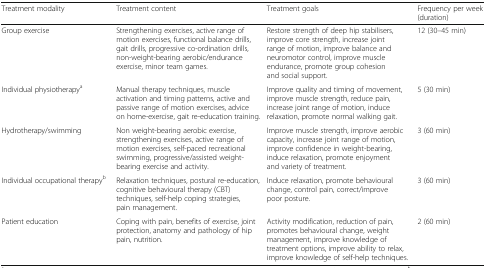
<table><thead><tr><td><b>Treatment modality</b></td><td><b>Treatment content</b></td><td><b>Treatment goals</b></td><td><b>Frequency per week (duration)</b></td></tr></thead><tbody><tr><td>Group exercise</td><td>Strengthening exercises, active range of motion exercises, functional balance drills, gait drills, progressive co-ordination drills, non-weight-bearing aerobic/endurance exercise, minor team games.</td><td>Restore strength of deep hip stabilisers, improve core strength, increase joint range of motion, improve balance and neuromotor control, improve muscle endurance, promote group cohesion and social support.</td><td>12 (30–45 min)</td></tr><tr><td>Individual physiotherapy<sup>a</sup></td><td>Manual therapy techniques, muscle activation and timing patterns, active and passive range of motion exercises, advice on home-exercise, gait re-education training.</td><td>Improve quality and timing of movement, improve muscle strength, reduce pain, increase joint range of motion, induce relaxation, promote normal walking gait.</td><td>5 (30 min)</td></tr><tr><td>Hydrotherapy/swimming</td><td>Non weight-bearing aerobic exercise, strengthening exercises, active range of motion exercises, self-paced recreational swimming, progressive/assisted weight-bearing exercise and activity.</td><td>Improve muscle strength, improve aerobic capacity, increase joint range of motion, improve confidence in weight-bearing, induce relaxation, promote enjoyment and variety of treatment.</td><td>3 (60 min)</td></tr><tr><td>Individual occupational therapy<sup>b</sup></td><td>Relaxation techniques, postural re-education, cognitive behavioural therapy (CBT) techniques, self-help coping strategies, pain management.</td><td>Induce relaxation, promote behavioural change, control pain, correct/improve poor posture.</td><td>3 (60 min)</td></tr><tr><td>Patient education</td><td>Coping with pain, benefits of exercise, joint protection, anatomy and pathology of hip pain, nutrition.</td><td>Activity modification, reduction of pain, promotes behavioural change, weight management, improve knowledge of treatment options, improve ability to relax, improve knowledge of self-help techniques.</td><td>2 (60 min)</td></tr></tbody></table>